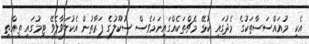
އެކި މުއައްސަސާތަކުގެ މެދުގައި ކުޅޭ މެޗްތަކެއްގައިނަމަވެސް ސުކޫލުގެ ފަރާތުން އެކުލަވާލެވޭ ޓިމުގައި ތިއްތި